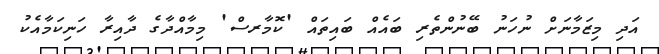
އަދި މިޒަމާނަށް ނުހަނު ބޭނުންތެރި ބައެއް ބައިތައް 'ކޮމާރސް' މިމާއްދާގެ ދާއިރާ ހަނިކަމާއެކު